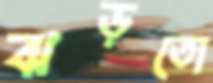
ঝড়তো